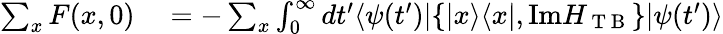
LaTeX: \begin{array}{rl}{\sum_{x}F(x,0)}&{{}=-\sum_{x}\int_{0}^{\infty}dt^{\prime}\langle\psi(t^{\prime})|\{ |x\rangle\langle x|,\mathrm{Im}H_{\mathrm{~T~B~}}\} |\psi(t^{\prime})\rangle}\end{array}